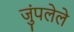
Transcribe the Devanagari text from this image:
जुंपलेले